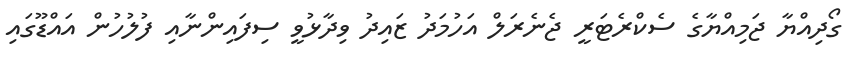
ގޯދިއްޔާ ޖަމިއްޔާގެ ސެކްރެޓަރީ ޖެނެރަލް އަހުމަދު ޒައިދު ވިދާޅުވީ ސިފައިންނާއި ފުލުހުން އައްޑޫގައި